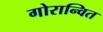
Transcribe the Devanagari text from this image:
गोरान्वित